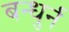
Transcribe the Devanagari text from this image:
बन्धुर्न